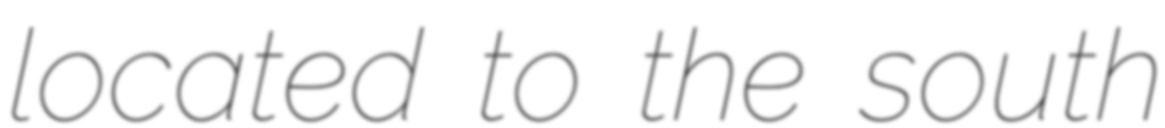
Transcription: located to the south